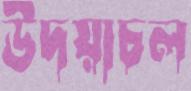
উদয়াচল